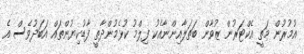
އުމުރުން މަތީ އެކްޓަރުން ޒުވާން ބަތަލާއިންނާއެކު ފިލްމު ކުޅެމުންދާތީ ފާޑުކިޔުންތައް އަބަދުވެސް އެ